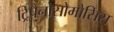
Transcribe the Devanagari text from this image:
ट्रिपैनोसोमोसिस